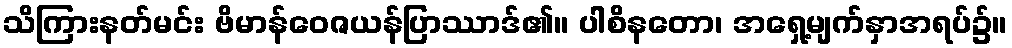
သိကြားနတ်မင်း ဗိမာန်ဝေဇယန်ပြာဿာဒ်၏။ ပါစိနတော၊ အရှေ့မျက်နှာအရပ်၌။